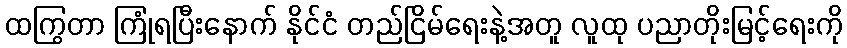
ထကြွတာ ကြုံရပြီးနောက် နိုင်ငံ တည်ငြိမ်ရေးနဲ့အတူ လူထု ပညာတိုးမြင့်ရေးကို